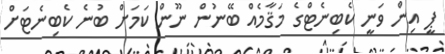
ޕީ އިން ވަނީ ކެބިނެޓްގެ މަޤާމެއް ބޭނުން ނޫން ކަމަށް ބުނެ ކެބިނެޓަށް